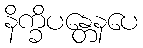
နိက္ခိပန္တေနပေ